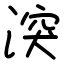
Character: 湥